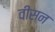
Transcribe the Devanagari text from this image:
वीसन